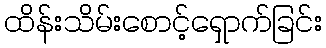
ထိန်းသိမ်းစောင့်ရှောက်ခြင်း